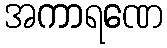
အကာရဏေ